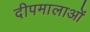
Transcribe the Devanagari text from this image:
दीपमालाओं